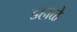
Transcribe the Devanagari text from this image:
डहाळे